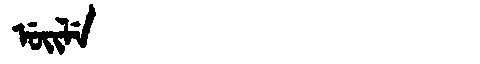
Manchu: ᡠᡳᠯᡝ
Romanization: UILE